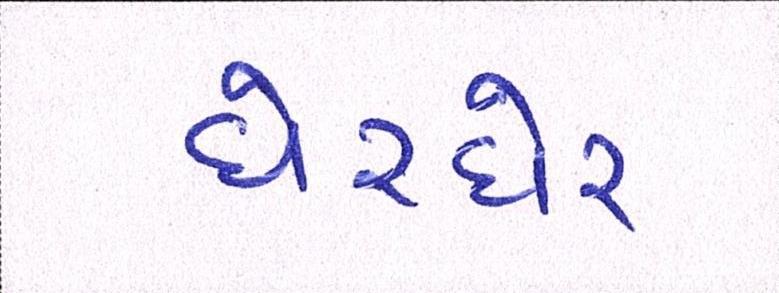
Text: ઘેરઘેર